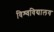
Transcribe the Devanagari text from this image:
विश्‍वविद्यालय